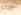
بحاله